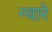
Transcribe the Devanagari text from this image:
न्वारे